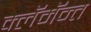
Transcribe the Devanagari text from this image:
क्लॅमॅन्त